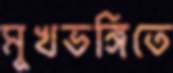
মুখভঙ্গিতে